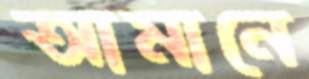
আমানে